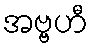
အဗ္ဗဟီ